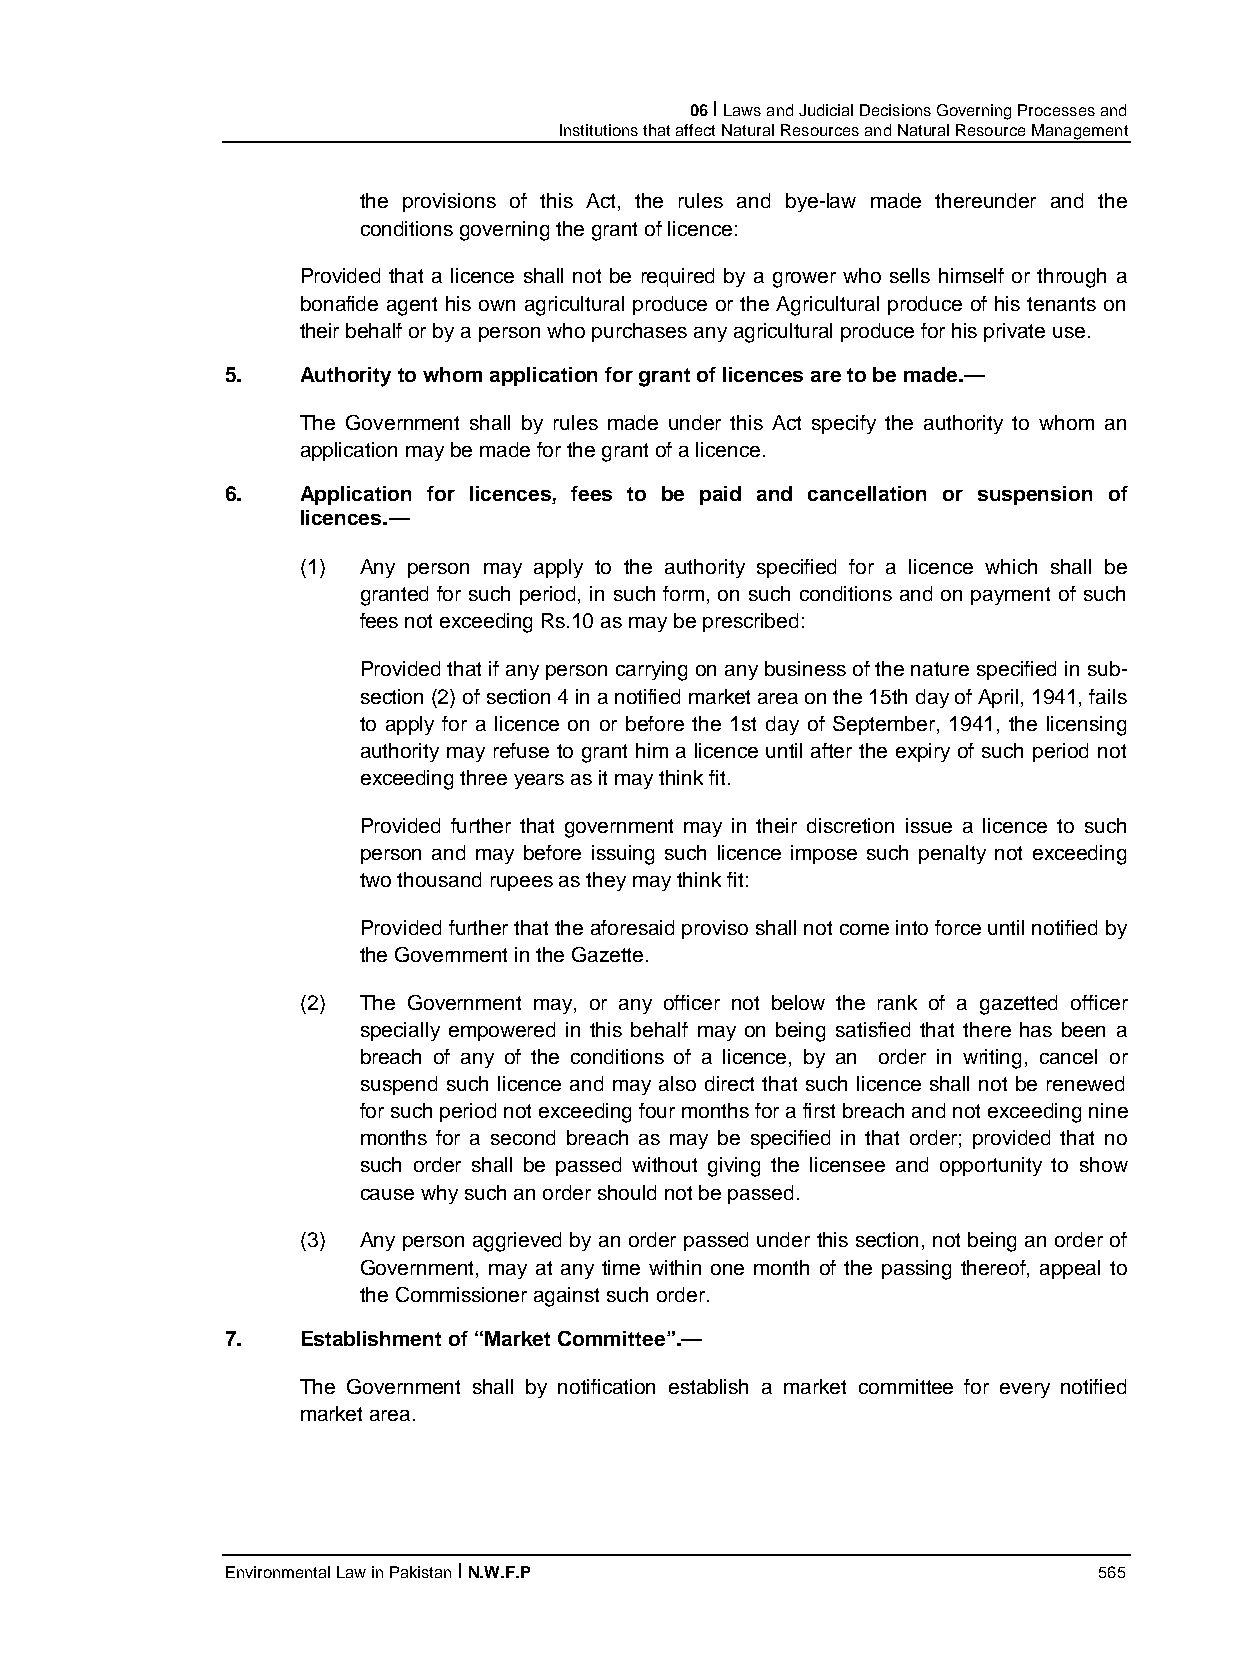
06 I Laws and Judicial Decisions Governing Processes and
 Institutions that affect Natural Resources and Natural Resource Management
 the provisions of this Act, the rules and bye-law made thereunder and the
 conditions governing the grant of licence:
 Provided that a licence shall not be required by a grower who sells himself or through a
 bonafide agent his own agricultural produce or the Agricultural produce of his tenants on
 their behalf or by a person who purchases any agricultural produce for his private use.
 5.   Authority to whom application for grant of licences are to be made.—
 The Government shall by rules made under this Act specify the authority to whom an
 application may be made for the grant of a licence.
 6.   Application for licences, fees to be paid and cancellation or suspension of
 licences.—
 (1) Any person may apply to the authority specified for a licence which shall be
 granted for such period, in such form, on such conditions and on payment of such
 fees not exceeding Rs.10 as may be prescribed:
 Provided that if any person carrying on any business of the nature specified in sub-
 section (2) of section 4 in a notified market area on the 15th day of April, 1941, fails
 to apply for a licence on or before the 1st day of September, 1941, the licensing
 authority may refuse to grant him a licence until after the expiry of such period not
 exceeding three years as it may think fit.
 Provided further that government may in their discretion issue a licence to such
 person and may before issuing such licence impose such penalty not exceeding
 two thousand rupees as they may think fit:
 Provided further that the aforesaid proviso shall not come into force until notified by
 the Government in the Gazette.
 (2) The Government may, or any officer not below the rank of a gazetted officer
 specially empowered in this behalf may on being satisfied that there has been a
 breach of any of the conditions of a licence, by an order in writing, cancel or
 suspend such licence and may also direct that such licence shall not be renewed
 for such period not exceeding four months for a first breach and not exceeding nine
 months for a second breach as may be specified in that order; provided that no
 such order shall be passed without giving the licensee and opportunity to show
 cause why such an order should not be passed.
 (3) Any person aggrieved by an order passed under this section, not being an order of
 Government, may at any time within one month of the passing thereof, appeal to
 the Commissioner against such order.
 7.   Establishment of “Market Committee”.—
 The Government shall by notification establish a market committee for every notified
 market area.
 Environmental Law in Pakistan I N.W.F.P                   565